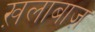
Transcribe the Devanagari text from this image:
ख़लाबाज़